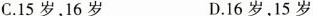
C.15岁，16岁 D.16岁，15岁